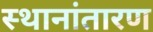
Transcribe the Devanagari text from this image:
स्थानांतारण